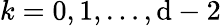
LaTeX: k=0,1,\dots,\mathrm{d}-2